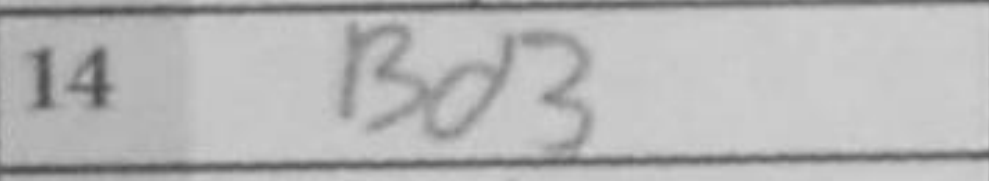
Transcription: Bd3